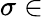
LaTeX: \sigma\in